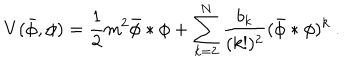
LaTeX: V ( \bar { \phi } , \phi ) = \frac { 1 } { 2 } m ^ { 2 } \bar { \phi } \ast \phi + \sum _ { k = 2 } ^ { N } \frac { b _ { k } } { ( k ! ) ^ { 2 } } ( \bar { \phi } \ast \phi ) ^ { k } ~ .